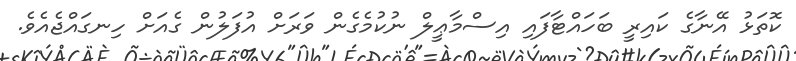
ކޮތަޅު އޭނާގެ ކައިރީ ބަހައްޓާފައި އިސްމާޢީލް ނުކުމެގެން ވަރަށް އުފަލުން ގެއަށް ހިނގައްޖެއެވެ.